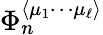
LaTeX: \Phi_{n}^{\langle\mu_{1}\cdots\mu_{\ell}\rangle}